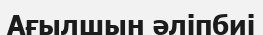
Ағылшын әліпбиі